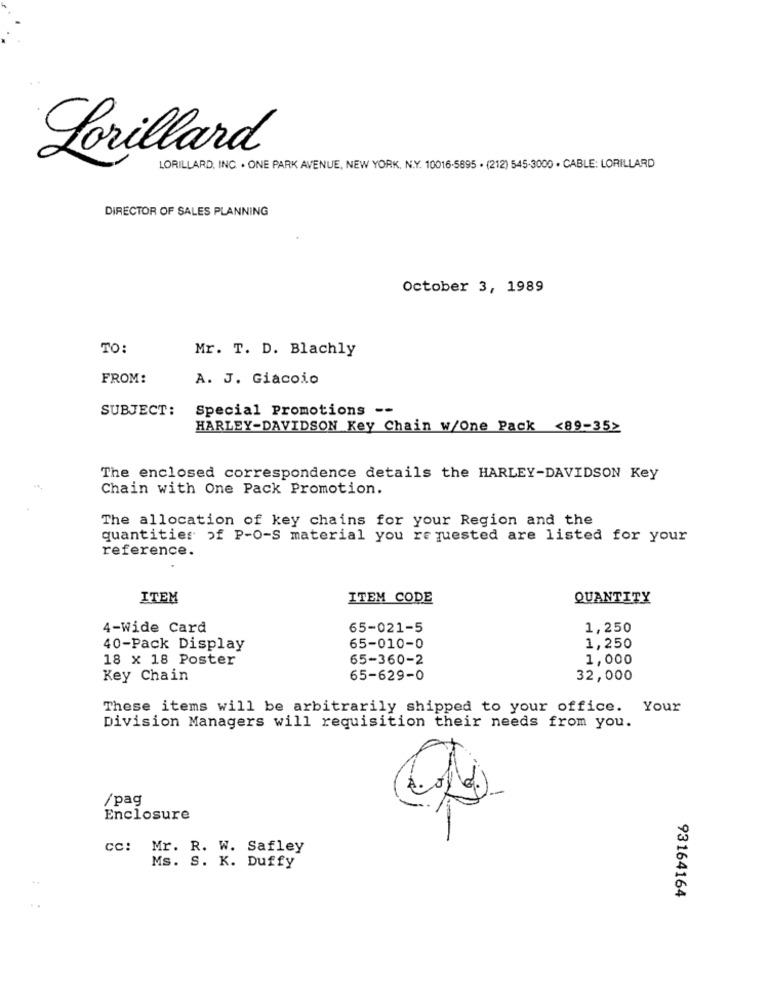
Lorillard
LORILLARD, INC. . ONE PARK AVENUE, NEW YORK, N.Y. 10016-5895 · (212) 545-3000 · CABLE: LORILLARD
DIRECTOR OF SALES PLANNING
October 3, 1989
TO:
Mr. T. D. Blachly
FROM:
A. J. Giacoio
SUBJECT:
Special Promotions --
HARLEY-DAVIDSON Key Chain w/One Pack <89-35>
The enclosed correspondence details the HARLEY-DAVIDSON Key
Chain with One Pack Promotion.
The allocation of key chains for your Region and the
quantities of P-O-S material you requested are listed for your
reference.
ITEM
ITEM CODE
QUANTITY
4-Wide Card
65-021-5
1,250
40-Pack Display
65-010-0
1,250
18 x 18 Poster
65-360-2
1,000
Key Chain
65-629-0
32,000
These items will be arbitrarily shipped to your office. Your
Division Managers will requisition their needs from you.
/pag
Enclosure
CC: Mr. R. W. Safley
Ms. S. K. Duffy
93164164
..